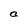
Character: a